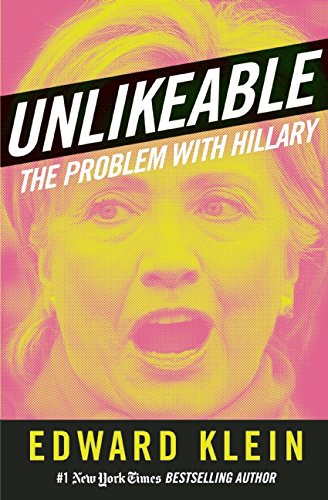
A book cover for Unlikeable: The Problem with Hillary; Edward Klein; Biographies & Memoirs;